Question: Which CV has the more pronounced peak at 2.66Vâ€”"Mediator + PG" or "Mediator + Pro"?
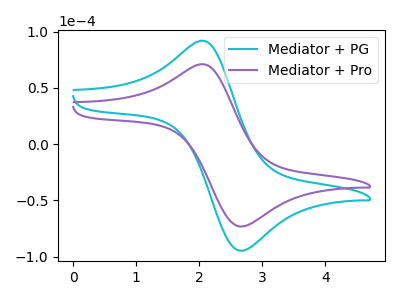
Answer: <think>The cyan curve "Mediator + PG" has an anodic peak at (2.10V, 91.40uA) and a cathodic peak at (2.65V, -94.80uA). The purple curve "Mediator + Pro" has an anodic peak at (2.10V, 70.65uA) and a cathodic peak at (2.65V, -73.25uA).</think>
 <answer>The peak at 2.66V is higher in "Mediator + PG" than in "Mediator + Pro".</answer>
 <eval>higher</eval>